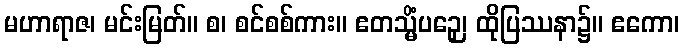
မဟာရာဇ၊ မင်းမြတ်။ စ၊ စင်စစ်ကား။ ဧတသ္မိံပဉှေ၊ ထိုပြဿနာ၌။ ဧကော၊